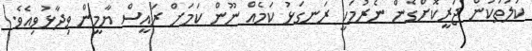
ކުލަތަކުން ޖަރީކޮށްގެން ނެރުމަކީ ރަނގަޅު ކަމެއް ނޫން ކަމަށް ރައީސް ޔާމީން ވިދާޅުވިއެވެ.